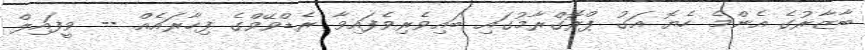
ބާޒާރުގެ އެންމެ ހެޔޮ އަގު ޕްރޮގްރާމުގައި ބައިވެރިވެފައިވާ ރެޑްވޭވްގެ ފިހާރައެއް -- ވީފައިލް